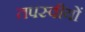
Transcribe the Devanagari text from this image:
तपस्वीयों